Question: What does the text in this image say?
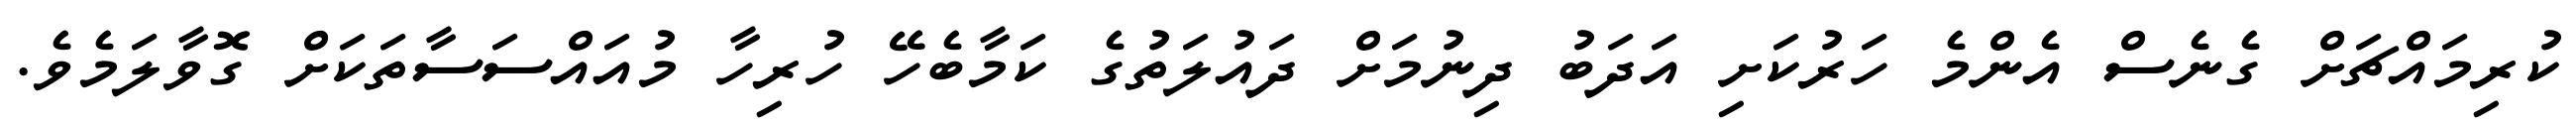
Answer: ކުރިމައްޗަށް ގެނެސް އެންމެ ހަރުކަށި އަދަބު ދިނުމަށް ދައުލަތުގެ ކަމާބެހޭ ހުރިހާ މުއައްސަސާތަކަށް ގޮވާލަމެވެ.